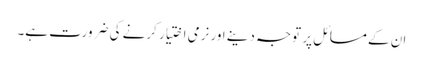
ان کے مسائل پر توجہ دینے اور نرمی اختیار کرنے کی ضرورت ہے۔